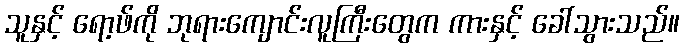
သူနှင့် ရော့ဖ်ကို ဘုရားကျောင်းလူကြီးတွေက ကားနှင့် ခေါ်သွားသည်။